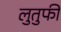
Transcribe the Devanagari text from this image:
लुतुफी